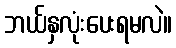
ဘယ်နှလုံးပေးရမလဲ။